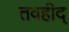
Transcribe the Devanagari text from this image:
तवहीद्